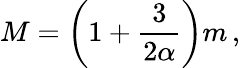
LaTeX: M=\left(1+\frac{3}{2\alpha}\right)m\, ,